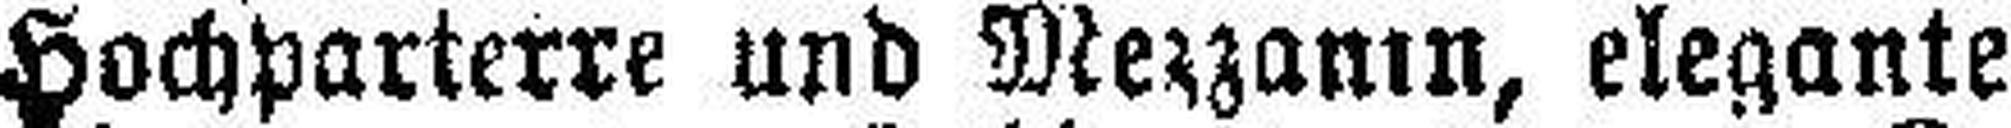
Hochparterre und Mezzanin, elegante